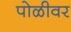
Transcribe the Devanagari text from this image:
पोळीवर